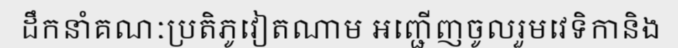
ដឹកនាំគណៈប្រតិភូវៀតណាម អញ្ជើញចូលរួមវេទិកានិង